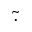
\tilde { \cdot }